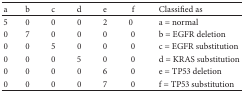
<table><thead><tr><td><b>a</b></td><td><b>b</b></td><td><b>c</b></td><td><b>d</b></td><td><b>e</b></td><td><b>f</b></td><td><b>Classified as</b></td></tr></thead><tbody><tr><td>5</td><td>0</td><td>0</td><td>0</td><td>2</td><td>0</td><td>a = normal</td></tr><tr><td>0</td><td>7</td><td>0</td><td>0</td><td>0</td><td>0</td><td>b = EGFR deletion</td></tr><tr><td>0</td><td>0</td><td>5</td><td>0</td><td>0</td><td>0</td><td>c = EGFR substitution</td></tr><tr><td>0</td><td>0</td><td>0</td><td>5</td><td>0</td><td>0</td><td>d = KRAS substitution</td></tr><tr><td>0</td><td>0</td><td>0</td><td>0</td><td>6</td><td>0</td><td>e = TP53 deletion</td></tr><tr><td>0</td><td>0</td><td>0</td><td>0</td><td>7</td><td>0</td><td>f = TP53 substitution</td></tr></tbody></table>